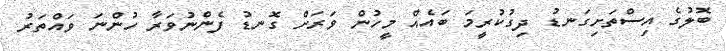
ބޮލުގެ އިސްތަށިގަނޑު ދިގުކުރީމަ ބައެއް މީހުން ވަރަށް ގޮނޑު ފެންނުވަރާ ހުންނަ ވައްތަރު